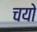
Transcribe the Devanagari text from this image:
चयो